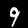
Digit: 9